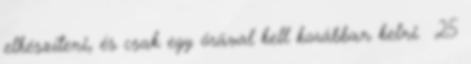
elkészíteni, és csak egy órával kell korábban kelni. 25